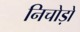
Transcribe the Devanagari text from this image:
निचोड़ो